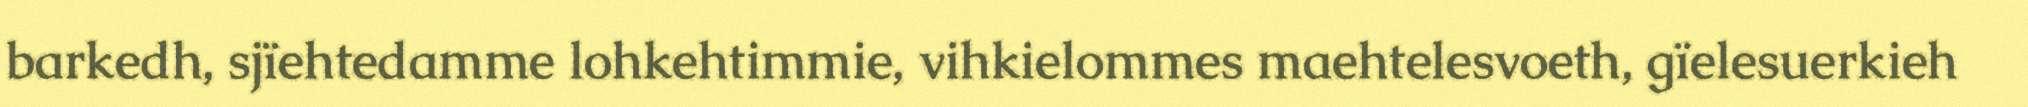
barkedh, sjïehtedamme lohkehtimmie, vihkielommes maehtelesvoeth, gïelesuerkieh